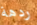
ردهة